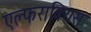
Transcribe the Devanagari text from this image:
एल्फराबियस